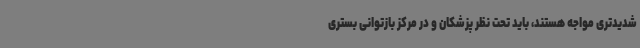
شدیدتری مواجه هستند، باید تحت نظر پزشکان و در مرکز بازتوانی بستری